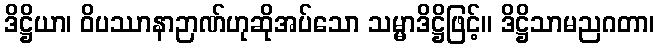
ဒိဋ္ဌိယာ၊ ဝိပဿာနာဉာဏ်ဟုဆိုအပ်သော သမ္မာဒိဋ္ဌိဖြင့်။ ဒိဋ္ဌိသာမညဂတာ၊